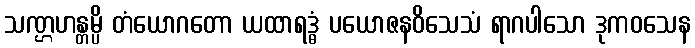
သဏ္ဌဟန္တမ္ပိ တံယောဂတော ယထာရဒ္ဓံ ပယောဇနဝိသေသံ ရာဂပါသော ဒုကဝသေန